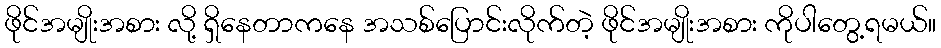
ဖိုင်အမျိုးအစား လို့ ရှိနေတာကနေ အသစ်ပြောင်းလိုက်တဲ့ ဖိုင်အမျိုးအစား ကိုပါတွေ့ရမယ်။